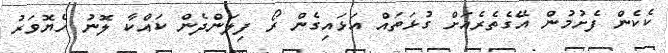
ކެކެން ފެށުމުން އޭގެތެރެއަށް ގުޅަތައް އަޅައިގެން ރޯ ފިލަންދެން ކައްކާ ލޮނު ހެޔޮވަރު